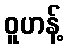
ဝူဟန့်